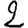
Digit: 2